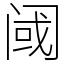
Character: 阈